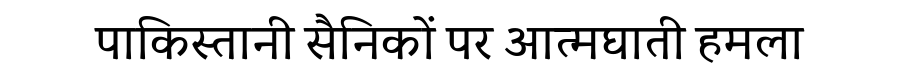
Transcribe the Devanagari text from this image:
पाकिस्तानी सैनिकों पर आत्मघाती हमला